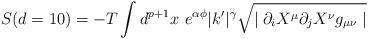
LaTeX: \begin{align*}S (d=10) = -T \int d^{p+1}x \hspace{4pt} e^{\alpha\phi} |k^\prime|^\gamma\sqrt{\mid \partial_i X^{\mu} \partial_j X^{\nu} g_{\mu\nu} \mid}\end{align*}